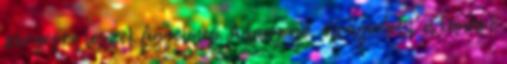
zörgésre leszek figyelmes. A lány az, elvágódott a kanapé